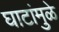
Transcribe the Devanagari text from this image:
घाटांमुळे